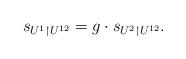
LaTeX: \begin{align*}s_{U^1 \upharpoonright U^{12}}=g\cdot s_{U^2 \upharpoonright U^{12}}.\end{align*}